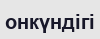
онкүндігі